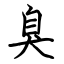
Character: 臭